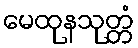
မေထုနသုတ္တံ